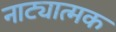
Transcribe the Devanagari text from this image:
नाट्यात्मक